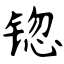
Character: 锪